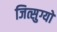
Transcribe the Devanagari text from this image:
जित्सुग्यो